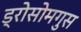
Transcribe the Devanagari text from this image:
ड्रोसोमगुस